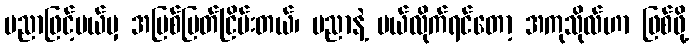
ပညာဖြင့်ပယ်မှ အမြစ်ပြတ်ငြိမ်းတယ်၊ ပညာနဲ့ ပယ်လိုက်ရင်တော့ အကုသိုလ်ဟာ ဖြစ်ဖို့